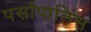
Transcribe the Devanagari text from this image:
पर्सापालिस